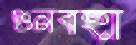
গুনবহা